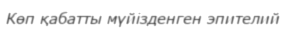
Көп қабатты мүйізденген эпителий